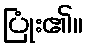
ပြုံး၏။